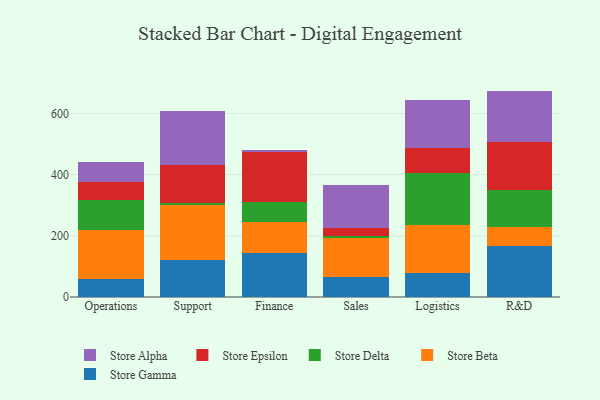
{"axis": {"x": "Department", "y": "Humidity (%)"}, "legend": ["Store Alpha", "Store Beta", "Store Delta", "Store Epsilon", "Store Gamma"], "data": [{"x": "Operations", "y": 58.1, "type": "Store Gamma"}, {"x": "Operations", "y": 162.1, "type": "Store Beta"}, {"x": "Operations", "y": 97.6, "type": "Store Delta"}, {"x": "Operations", "y": 58.7, "type": "Store Epsilon"}, {"x": "Operations", "y": 65.2, "type": "Store Alpha"}, {"x": "Support", "y": 122.0, "type": "Store Gamma"}, {"x": "Support", "y": 179.4, "type": "Store Beta"}, {"x": "Support", "y": 5.7, "type": "Store Delta"}, {"x": "Support", "y": 123.5, "type": "Store Epsilon"}, {"x": "Support", "y": 176.8, "type": "Store Alpha"}, {"x": "Finance", "y": 145.4, "type": "Store Gamma"}, {"x": "Finance", "y": 98.4, "type": "Store Beta"}, {"x": "Finance", "y": 65.5, "type": "Store Delta"}, {"x": "Finance", "y": 163.6, "type": "Store Epsilon"}, {"x": "Finance", "y": 7.5, "type": "Store Alpha"}, {"x": "Sales", "y": 66.1, "type": "Store Gamma"}, {"x": "Sales", "y": 125.6, "type": "Store Beta"}, {"x": "Sales", "y": 7.7, "type": "Store Delta"}, {"x": "Sales", "y": 27.4, "type": "Store Epsilon"}, {"x": "Sales", "y": 138.1, "type": "Store Alpha"}, {"x": "Logistics", "y": 77.8, "type": "Store Gamma"}, {"x": "Logistics", "y": 157.1, "type": "Store Beta"}, {"x": "Logistics", "y": 169.4, "type": "Store Delta"}, {"x": "Logistics", "y": 83.0, "type": "Store Epsilon"}, {"x": "Logistics", "y": 157.1, "type": "Store Alpha"}, {"x": "R&D", "y": 165.9, "type": "Store Gamma"}, {"x": "R&D", "y": 62.4, "type": "Store Beta"}, {"x": "R&D", "y": 122.6, "type": "Store Delta"}, {"x": "R&D", "y": 157.0, "type": "Store Epsilon"}, {"x": "R&D", "y": 166.0, "type": "Store Alpha"}]}